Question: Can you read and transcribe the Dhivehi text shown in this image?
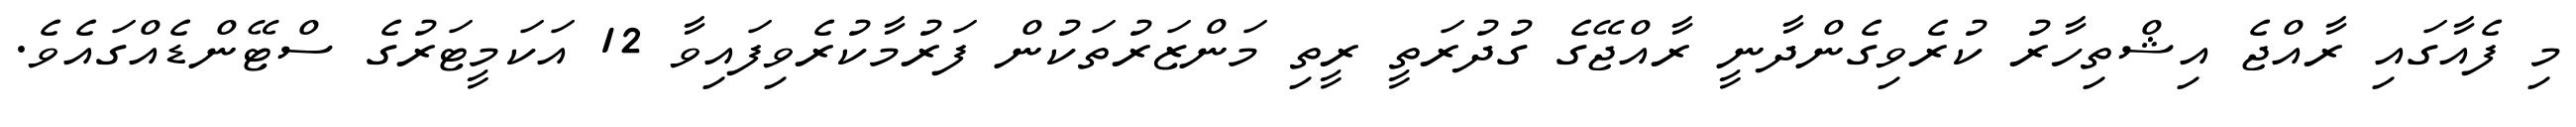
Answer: މި ފެއާގައި ރާއްޖެ އިޝްތިހާރު ކުރެވިގެންދާނީ ރާއްޖޭގެ ގުދުރަތީ ރީތި މަންޒަރުތަކުން ފަރުމާކުރެވިފައިވާ 12 އަކަމީޓަރުގެ ސްޓޭންޑެއްގައެވެ.